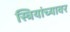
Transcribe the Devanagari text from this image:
स्त्रियांच्यावर